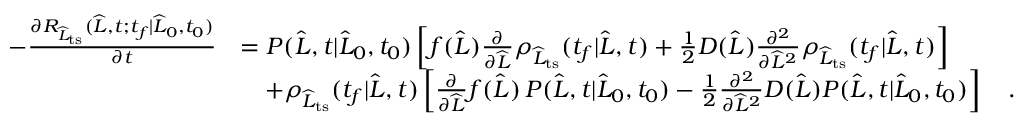
\begin{array} { r l } { - \frac { \partial R _ { \widehat { L } _ { \mathrm { t s } } } ( \widehat { L } , t ; t _ { f } | \widehat { L } _ { 0 } , t _ { 0 } ) } { \partial t } } & { = P ( \widehat { L } , t | \widehat { L } _ { 0 } , t _ { 0 } ) \left[ f ( \widehat { L } ) \frac { \partial } { \partial \widehat { L } } \rho _ { \widehat { L } _ { \mathrm { t s } } } ( t _ { f } | \widehat { L } , t ) + \frac { 1 } { 2 } D ( \widehat { L } ) \frac { \partial ^ { 2 } } { \partial \widehat { L } ^ { 2 } } \rho _ { \widehat { L } _ { \mathrm { t s } } } ( t _ { f } | \widehat { L } , t ) \right] } \\ & { \ \ \ + \rho _ { \widehat { L } _ { \mathrm { t s } } } ( t _ { f } | \widehat { L } , t ) \left[ \frac { \partial } { \partial \widehat { L } } f ( \widehat { L } ) \, P ( \widehat { L } , t | \widehat { L } _ { 0 } , t _ { 0 } ) - \frac { 1 } { 2 } \frac { \partial ^ { 2 } } { \partial \widehat { L } ^ { 2 } } D ( \widehat { L } ) P ( \widehat { L } , t | \widehat { L } _ { 0 } , t _ { 0 } ) \right] \quad . } \end{array}